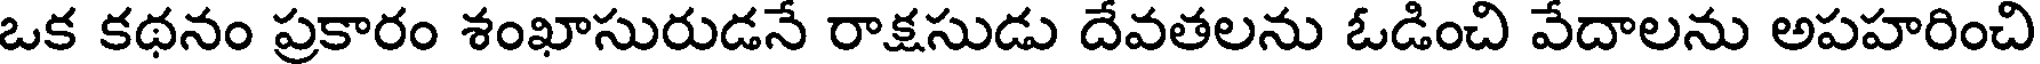
ఒక కథనం ప్రకారం శంఖాసురుడనే రాక్షసుడు దేవతలను ఓడించి వేదాలను అపహరించి